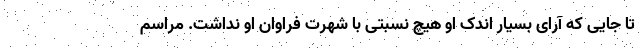
تا جایی که آرای بسیار اندک او هیچ نسبتی با شهرت فراوان او نداشت. مراسم